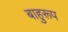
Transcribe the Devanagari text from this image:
बाहुरूप